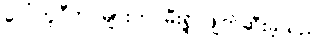
ပေါ်တူဂီတပ်များက မီးရှို့ ဖျက်ဆီးခဲ့သည်။